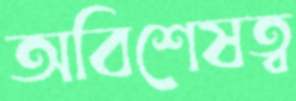
অবিশেষত্ব